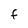
Character: F